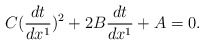
\begin{align*}C(\frac{dt}{dx^1})^2+2B\frac{dt}{dx^1}+A=0.\end{align*}